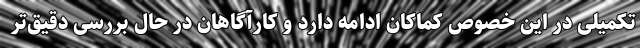
تکمیلی در این خصوص کماکان ادامه دارد و کارآگاهان در حال بررسی دقیق‌تر